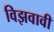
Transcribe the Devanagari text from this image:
विझवावी